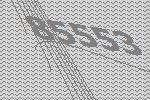
85553